Rangoon Lunatic Asylum 1893-1897 - 1893-1897
Year: 1893
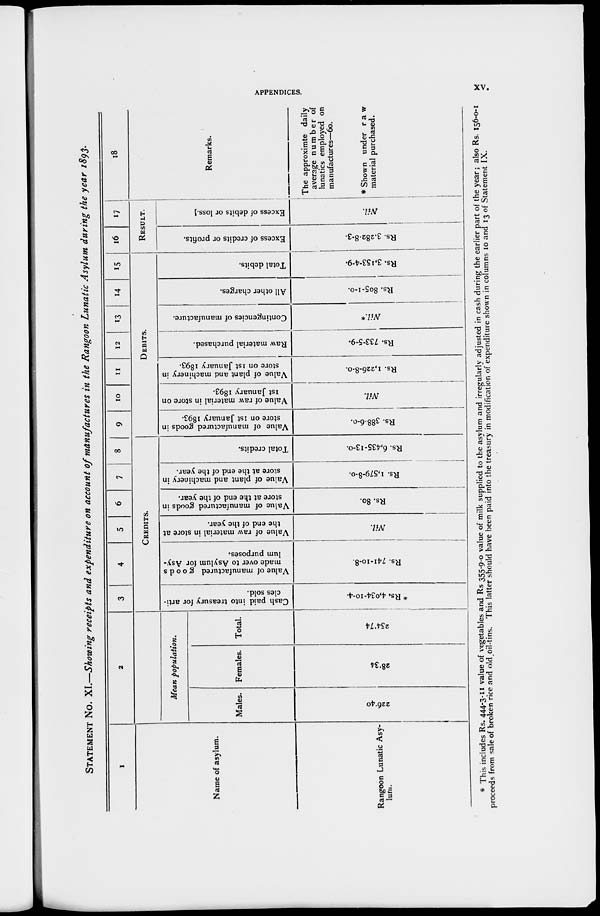
APPENDICES.
xv.
STATEMENT No. XI.—Showing receipts and expenditure on account of manufactures in the Rangoon Lunatic Asylum during the year 1893.
1
Name of asylum.
Rangoon Lunatic Asy-
lum.
2
Mean population.
Males.
226.40
Females.
28.34
Total.
254.74
3
4
5
6
7
8
CREDITS.
Cash paid into treasury for arti-
cles sold.
* Rs. 4,034-10-4.
Value of manufactured goods
made over to Asylum for Asy-
lum purposes.
Rs. 741-10-8.
Value of raw material in store at
the end of the year.
Nil.
Value of manufactured goods in
store at the end of the year.
Rs. 80.
Value of plant and machinery in
store at the end of the year.
Rs. 1,579-8-0.
Total credits.
Rs. 6,435-13-0.
9
10
11
12
13
14
15
DEBITS.
Value of manufactured goods in
store on 1st January 1893.
Rs. 388-6-0.
Value of raw material in store on
1st January 1893.
Nil.
Value of plant and machinery in
store on 1st January 1893.
Rs. 1,226-8-0.
Raw material purchased.
Rs. 733-5-9.
Contingencies of manufacture.
Nil.*
All other charges.
Rs. 805-1-0.
Total debits.
Rs. 3,153-4-9.
16
17
RESULT.
Excess of credits or profits.
Rs. 3,282-8-3.
Excess of debits or loss.
Nil.
18
Remarks.
The approximte daily
average number of
lunatics employed on
manufactures—60.
* Shown under raw
material purchased.
* This includes Rs. 444-3-11 value of vegetables and Rs 355-9-0 value of milk supplied to the asylum and irregularly adjusted in cash during the earlier part of the year; also Rs. 156-0-1
proceeds from sale of broken rice and old oil-tins. This latter should have been paid into the treasury in modification of expenditure shown in columns 10 and 13 of Statement IX.